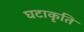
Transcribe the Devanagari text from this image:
घटाकृति